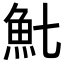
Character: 𩵐